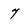
Character: 7